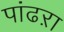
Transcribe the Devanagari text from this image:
पांढऱा